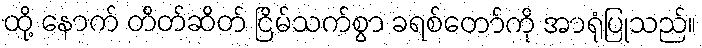
ထို့ နောက် တိတ်ဆိတ် ငြိမ်သက်စွာ ခရစ်တော်ကို အာရုံပြုသည်။